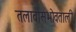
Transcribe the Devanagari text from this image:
तलावासभोवताली